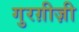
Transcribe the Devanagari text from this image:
गुरग़ीज़ी